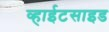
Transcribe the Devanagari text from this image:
व्हाईटसाइड